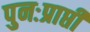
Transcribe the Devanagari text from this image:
पुनःप्राप्ती